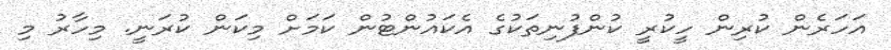
އަހަރެން ކުރިން ހީކުރީ ކުންފުނިތަކުގެ އެކައުންޓުން ކަަމަށް މިކަން ކުރަނީ. މިހާރު މި